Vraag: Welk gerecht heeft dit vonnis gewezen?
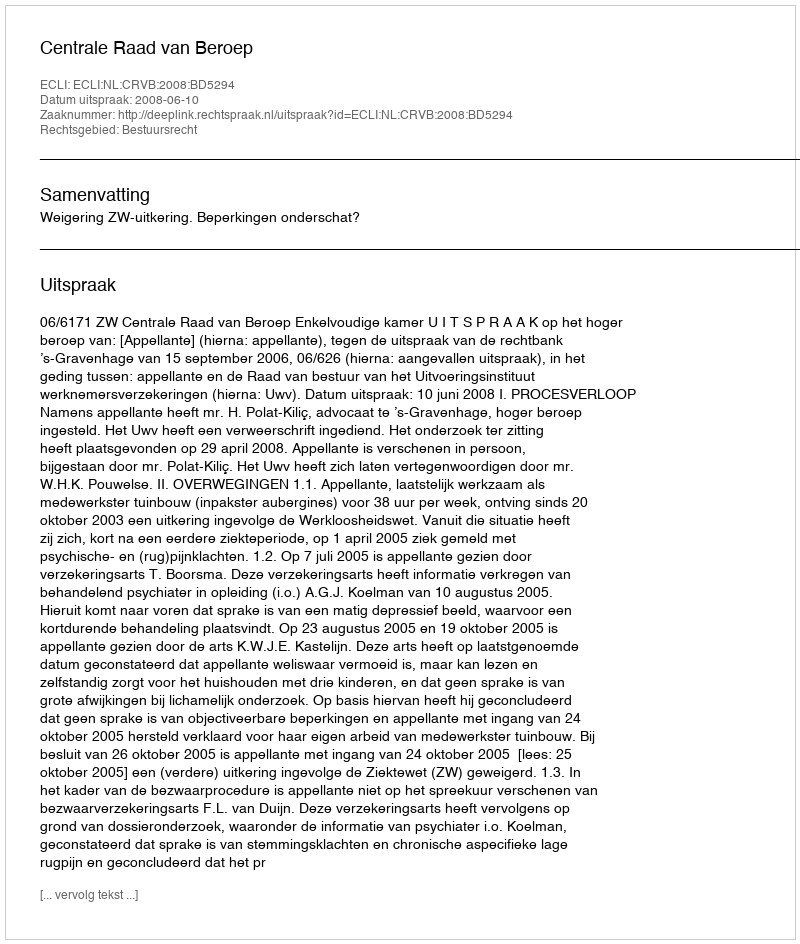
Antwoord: Centrale Raad van Beroep